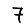
Digit: 7